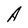
Character: A